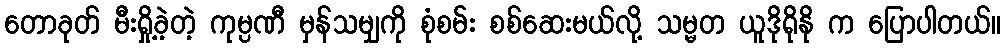
တောခုတ် မီးရှို့ခဲ့တဲ့ ကုမ္ပဏီ မှန်သမျှကို စုံစမ်း စစ်ဆေးမယ်လို့ သမ္မတ ယူဒိုရိုနို က ပြောပါတယ်။